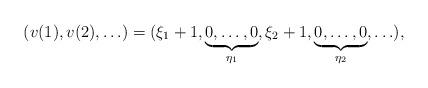
LaTeX: \begin{align*} (v(1),v(2),\ldots)&=(\xi_{1}+1,\underbrace{0,\ldots,0}_{\eta_1},\xi_{2}+1,\underbrace{0,\ldots,0}_{\eta_2},\ldots), \end{align*}